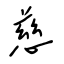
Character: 慈